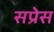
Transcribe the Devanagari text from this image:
सप्रेस